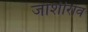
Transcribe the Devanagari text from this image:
जोशीराव